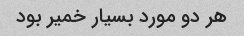
هر دو مورد بسیار خمیر بود